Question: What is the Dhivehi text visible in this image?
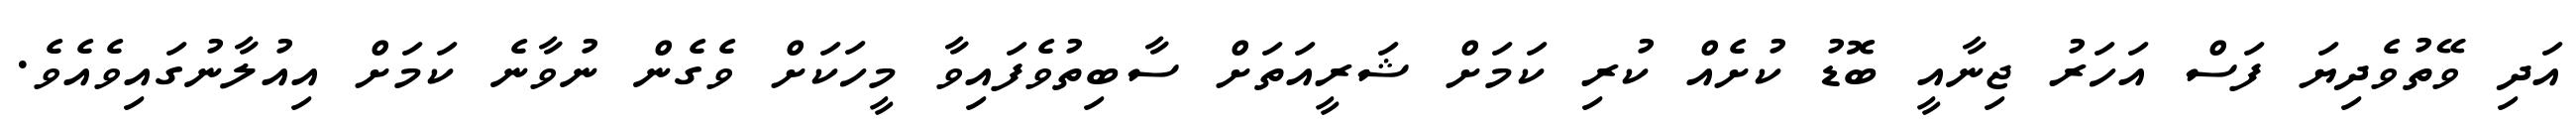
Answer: އަދި ވޭތުވެދިޔަ ފަސް އަހަރު ޖިނާއީ ބޮޑު ކުށެއް ކުރި ކަމަށް ޝަރީއަތަށް ސާބިތުވެފައިވާ މީހަކަށް ވެގެން ނުވާނެ ކަމަށް އިއުލާނުގައިވެއެވެ.